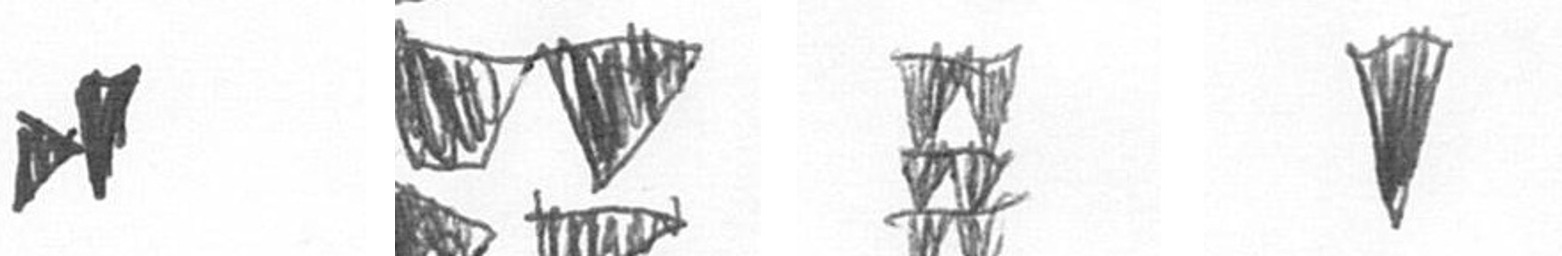
M B Y J